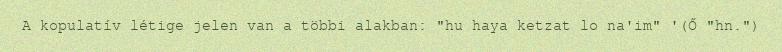
A kopulatív létige jelen van a többi alakban: "hu haya ketzat lo na'im" '(Ő "hn.")